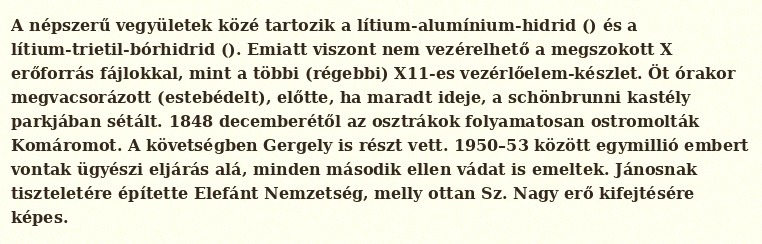
A népszerű vegyületek közé tartozik a lítium-alumínium-hidrid () és a lítium-trietil-bórhidrid (). Emiatt viszont nem vezérelhető a megszokott X erőforrás fájlokkal, mint a többi (régebbi) X11-es vezérlőelem-készlet. Öt órakor megvacsorázott (estebédelt), előtte, ha maradt ideje, a schönbrunni kastély parkjában sétált. 1848 decemberétől az osztrákok folyamatosan ostromolták Komáromot. A követségben Gergely is részt vett. 1950–53 között egymillió embert vontak ügyészi eljárás alá, minden második ellen vádat is emeltek. Jánosnak tiszteletére építette Elefánt Nemzetség, melly ottan Sz. Nagy erő kifejtésére képes.